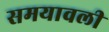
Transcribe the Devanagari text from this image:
समयावली